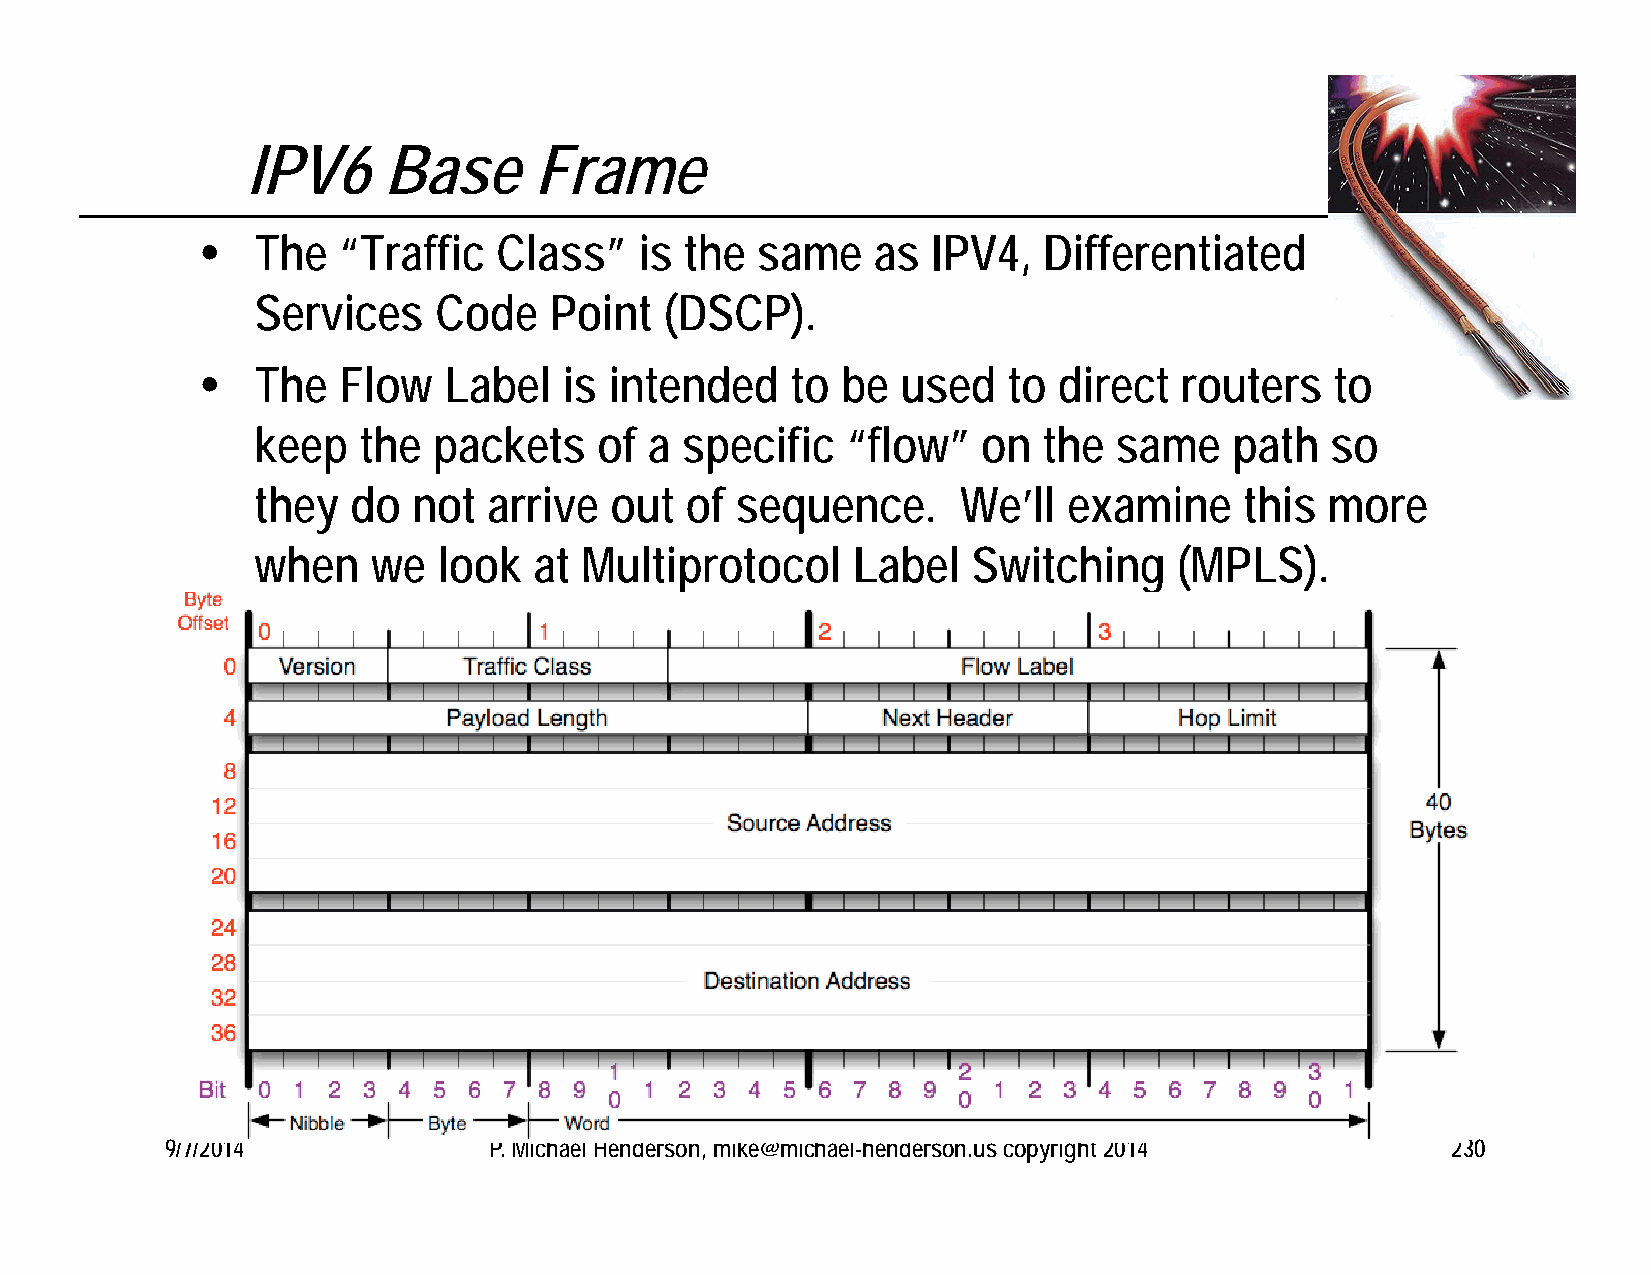
IPV6     Base      Frame
    The  “Traffic   Class”   is the  same    as  IPV4,  Differentiated
 Services    Code   Point   (DSCP).
    The  Flow   Label   is intended    to  be  used   to direct  routers   to
 keep   the  packets    of a specific   “flow”   on  the  same    path  so
 they  do  not  arrive  out  of  sequence.      We’ll  examine    this  more
 when    we  look  at Multiprotocol     Label   Switching     (MPLS).
 9/7/2014             P. Michael Henderson, mike@michael-henderson.us copyright 2014  230